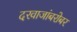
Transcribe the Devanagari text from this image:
दरवाजांबरोबर